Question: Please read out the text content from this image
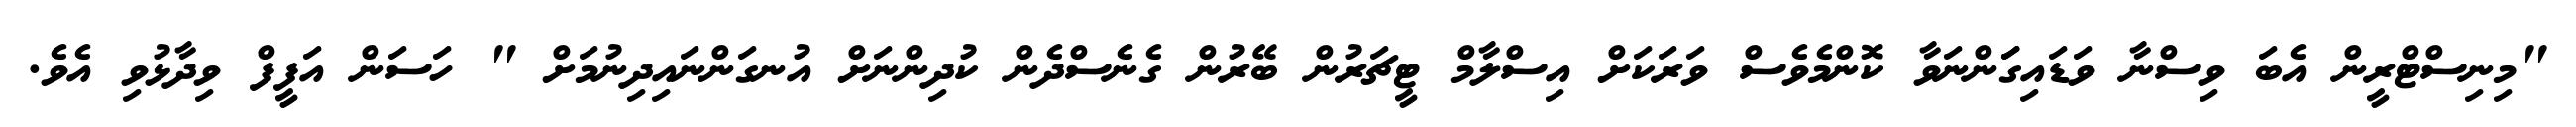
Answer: "މިނިސްޓްރީން އެބަ ވިސްނާ ވަޑައިގަަންނަވާ ކޮންމެވެސް ވަރަކަށް އިސްލާމް ޓީޗަރުން ބޭރުން ގެނެސްދެން ކުދިންނަށް އުނގަންނައިދިނުމަށް " ހަސަން އަފީފް ވިދާޅުވި އެވެ.